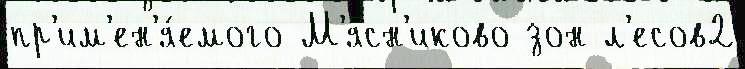
пр'им'ен'я́емого М'ясн'иково зон л'есов2